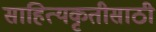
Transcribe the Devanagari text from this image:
साहित्यकृतीसाठी